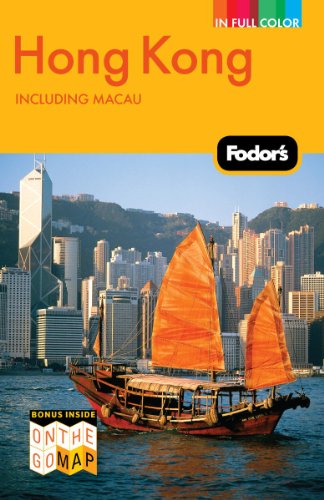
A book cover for Fodor's Hong Kong, Including Macau (Full-Color Travel Guide); Fodor's; Travel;